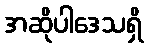
အဆိုပါဒေသရှိ